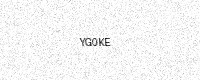
Text: YG0KE